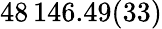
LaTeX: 48\, 146.49(33)